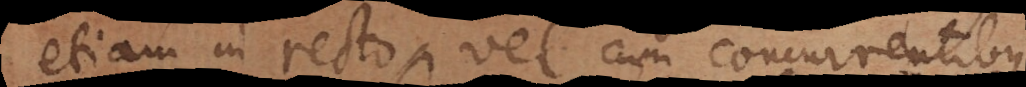
etiam in recto, vel cum concurrentibus